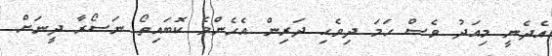
އެދެނީ މިއަދު ވެސް ހަމަ ދިވެހި ދަރިން އެހެންވެ ކޮބައިތޯ ނަސޯރާ ދީނަށް